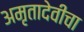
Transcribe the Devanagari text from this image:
अमृतादेवीचा